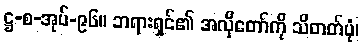
ဋ္ဌ-စ-အုပ်-၉၆။ ဘရားရှင်၏ အလိုတော်ကို သိတတ်ပုံ၊